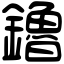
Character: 鑥